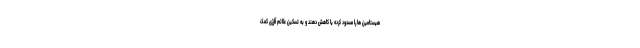
هیستامین ها را مسدود کرده یا کاهش دهند و به تسکین علائم آلرژی کمک